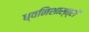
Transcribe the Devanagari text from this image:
ध्वनिशास्त्रों